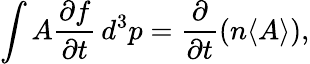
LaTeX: \int A{\frac{\partial f}{\partial t}}\, d^{3}p={\frac{\partial}{\partial t}}(n\langle A\rangle),